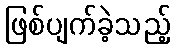
ဖြစ်ပျက်ခဲ့သည့်